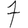
Digit: 7